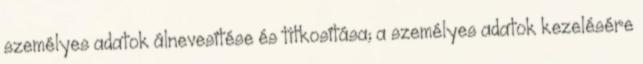
személyes adatok álnevesítése és titkosítása; a személyes adatok kezelésére